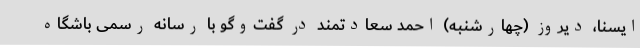
ایسنا، دیروز (چهارشنبه) احمد سعادتمند در گفت‌وگو با رسانه رسمی باشگاه